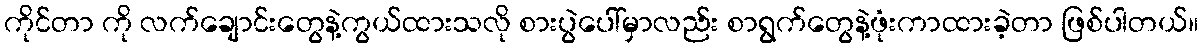
ကိုင်တာ ကို လက်ချောင်းတွေနဲ့ကွယ်ထားသလို စားပွဲပေါ်မှာလည်း စာရွက်တွေနဲ့ဖုံးကာထားခဲ့တာ ဖြစ်ပါတယ်။